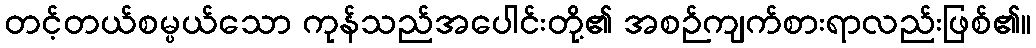
တင့်တယ်စမ္ပယ်သော ကုန်သည်အပေါင်းတို့၏ အစဉ်ကျက်စားရာလည်းဖြစ်၏။